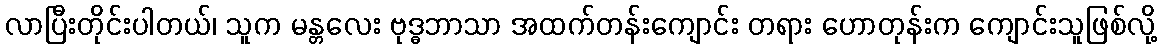
လာပြီးတိုင်းပါတယ်၊ သူက မန္တလေး ဗုဒ္ဓဘာသာ အထက်တန်းကျောင်း တရား ဟောတုန်းက ကျောင်းသူဖြစ်လို့